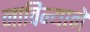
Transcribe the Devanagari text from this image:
नाविन्याने